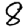
Digit: 8